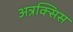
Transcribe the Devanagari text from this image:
अत्रक्सिस